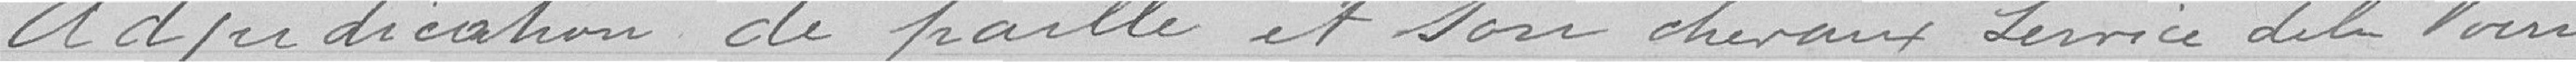
Adjudication de paille et son chevaux de service de la voirie